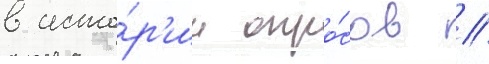
в исто́р'ии опро́сов //